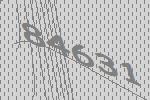
84631